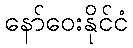
နော်ဝေးနိုင်ငံ